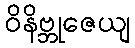
ဝိနိဗ္ဘုဇေယျ